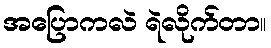
အပြောကလဲ ရဲလိုက်တာ။